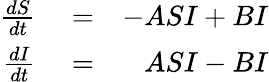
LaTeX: \begin{array}{rlr}{\frac{dS}{dt}}&{{}=}&{-ASI+BI}\\ {\frac{dI}{dt}}&{{}=}&{ASI-BI}\end{array}